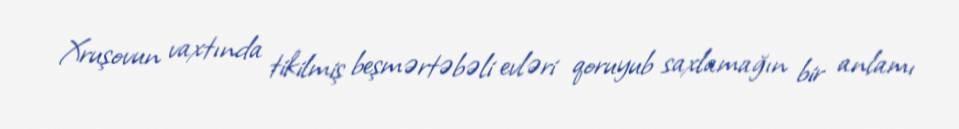
Xruşovun vaxtında tikilmiş beşmərtəbəli evləri qoruyub saxlamağın bir anlamı